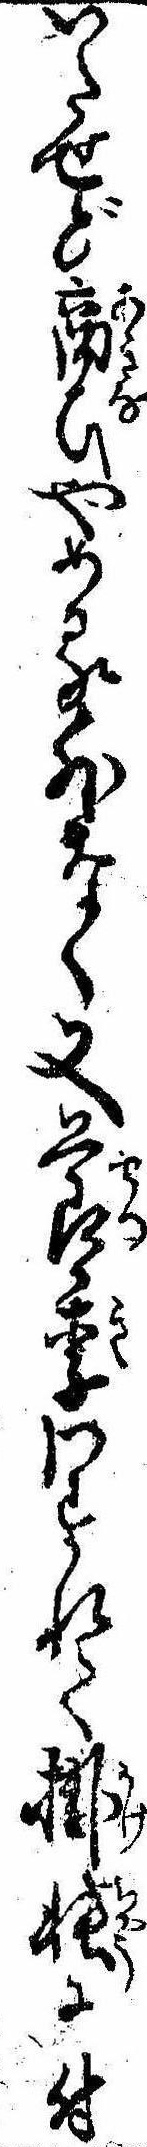
いたせど商ひやめる外なく又節季わすれて掛帳に付